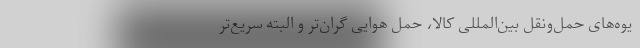
یوه‌های حمل‌ونقل بین‌المللی کالا، حمل هوایی گران‌تر و البته سریع‌تر